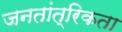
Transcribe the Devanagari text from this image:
जनतांत्रिकता